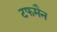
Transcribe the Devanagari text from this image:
टफमैन